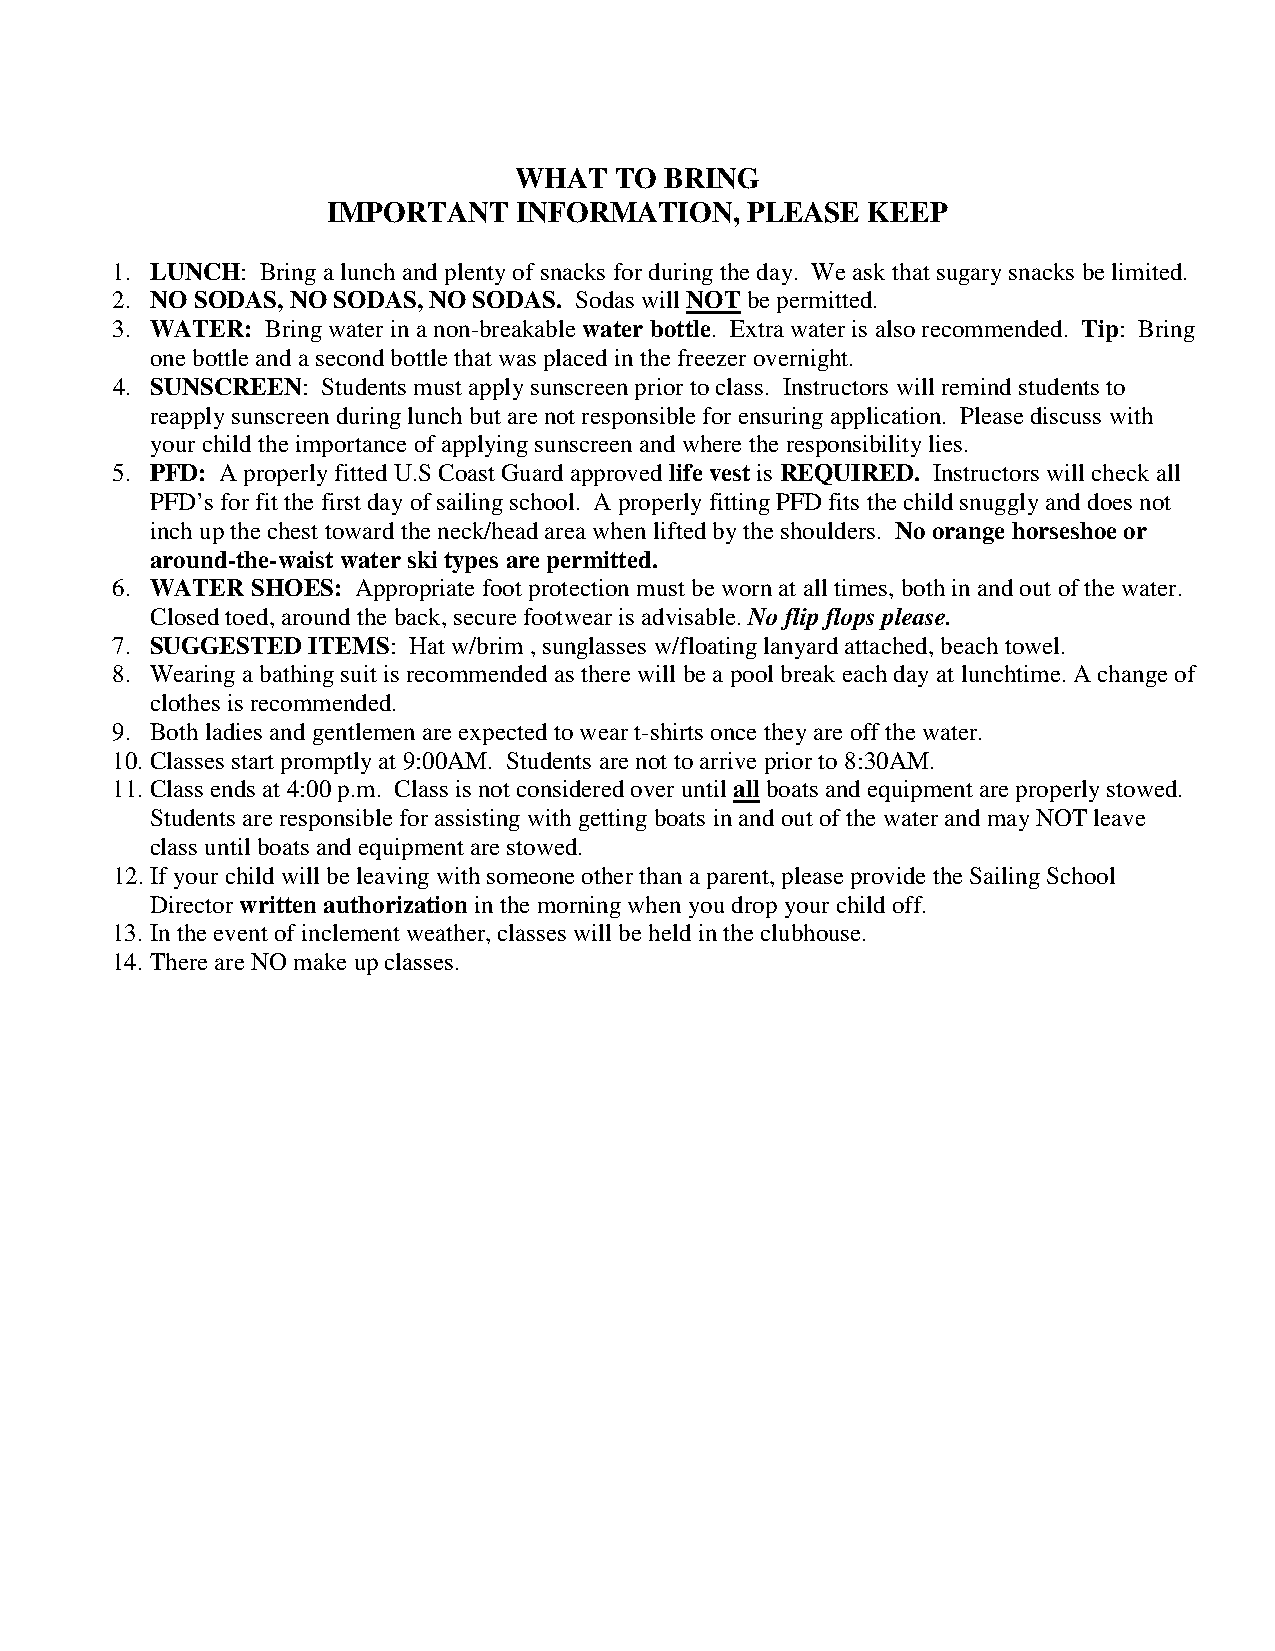
WHAT   TO BRING
 IMPORTANT   INFORMATION,   PLEASE  KEEP
 1. LUNCH: Bring a lunch and plenty of snacks for during the day. We ask that sugary snacks be limited.
 2. NO SODAS, NO SODAS, NO SODAS. Sodas will NOT be permitted.
 3. WATER:  Bring water in a non-breakable water bottle. Extra water is also recommended. Tip: Bring
 one bottle and a second bottle that was placed in the freezer overnight.
 4. SUNSCREEN: Students must apply sunscreen prior to class. Instructors will remind students to
 reapply sunscreen during lunch but are not responsible for ensuring application. Please discuss with
 your child the importance of applying sunscreen and where the responsibility lies.
 5. PFD: A properly fitted U.S Coast Guard approved life vest is REQUIRED. Instructors will check all
 PFD’s for fit the first day of sailing school. A properly fitting PFD fits the child snuggly and does not
 inch up the chest toward the neck/head area when lifted by the shoulders. No orange horseshoe or
 around-the-waist water ski types are permitted.
 6. WATER  SHOES: Appropriate foot protection must be worn at all times, both in and out of the water.
 Closed toed, around the back, secure footwear is advisable. No flip flops please.
 7. SUGGESTED ITEMS: Hat w/brim , sunglasses w/floating lanyard attached, beach towel.
 8. Wearing a bathing suit is recommended as there will be a pool break each day at lunchtime. A change of
 clothes is recommended.
 9. Both ladies and gentlemen are expected to wear t-shirts once they are off the water.
 10. Classes start promptly at 9:00AM. Students are not to arrive prior to 8:30AM.
 11. Class ends at 4:00 p.m. Class is not considered over until all boats and equipment are properly stowed.
 Students are responsible for assisting with getting boats in and out of the water and may NOT leave
 class until boats and equipment are stowed.
 12. If your child will be leaving with someone other than a parent, please provide the Sailing School
 Director written authorization in the morning when you drop your child off.
 13. In the event of inclement weather, classes will be held in the clubhouse.
 14. There are NO make up classes.